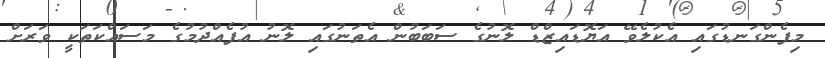
މިފެންގަނޑުގައި އެކުލެވޭ އަޔޮޑައިޒްޑް ލޮނުގެ ސަބަބުން އެތަނުގައި ލޮނު އުފެއްދުމުގެ މަސައްކަތަކީ ވަރަށް